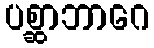
ပစ္ဆာဘာဂေ